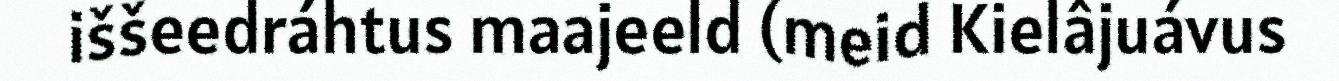
iššeedráhtus maajeeld (meid Kielâjuávus